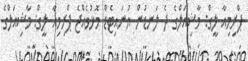
ޕްރިމިއާ ލީގް: މާޝިއަލްގެ ދެ ލަނޑުން ޔުނައިޓެޑް މޮޅުވެއްޖެ ޕްރިމިއާ ލީގް: މާޝިއަލްގެ